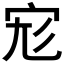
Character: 𡧞